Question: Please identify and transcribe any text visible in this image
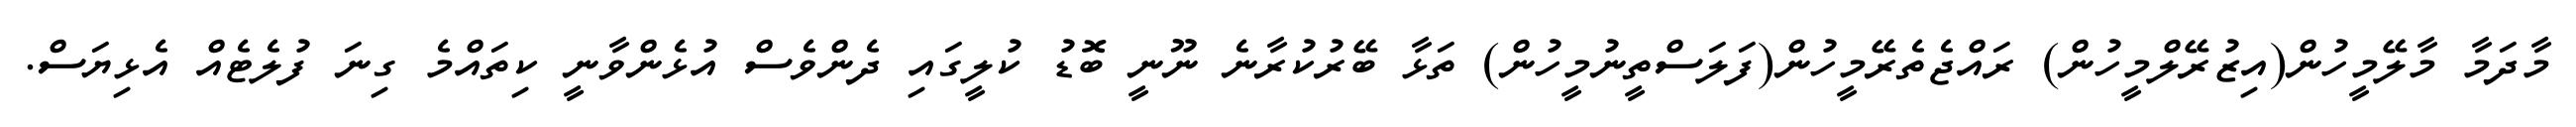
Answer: މާދަމާ މާލޭމީހުން(އިޒުރޭލްމީހުން) ރައްޖެތެރޭމީހުން(ފަލަސްތީނުމީހުން) ތަޅާ ބޭރުކުރާނެ ނޫނީ ބޮޑު ކުލީގައި ދެންވެސް އުޅެންވާނީ ކިތައްމެ ގިނަ ފުލެޓެއް އެޅިޔަސް.